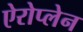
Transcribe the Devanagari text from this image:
ऐरोप्लेन